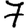
Digit: 7